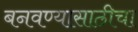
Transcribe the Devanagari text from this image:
बनवण्यासाठीचा